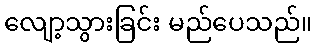
လျော့သွားခြင်း မည်ပေသည်။